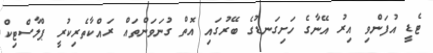
ޓެޑީ އުފަންވި އިރު އޭނާގެ ހަށިގަނޑުގެ ބޭރުގައި އޮތް ގުނަވަންތައް ރައްކާތެރިކުރީ ޕްލާސްޓިކް